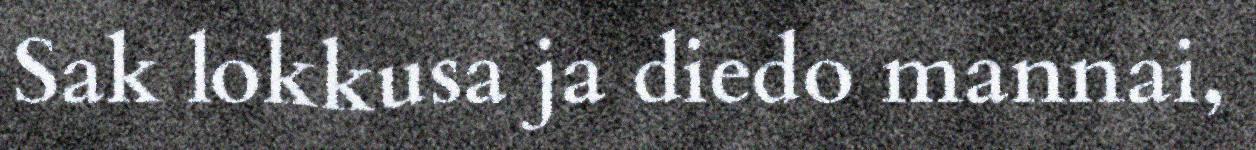
Sak lokkusa ja diedo mannai,